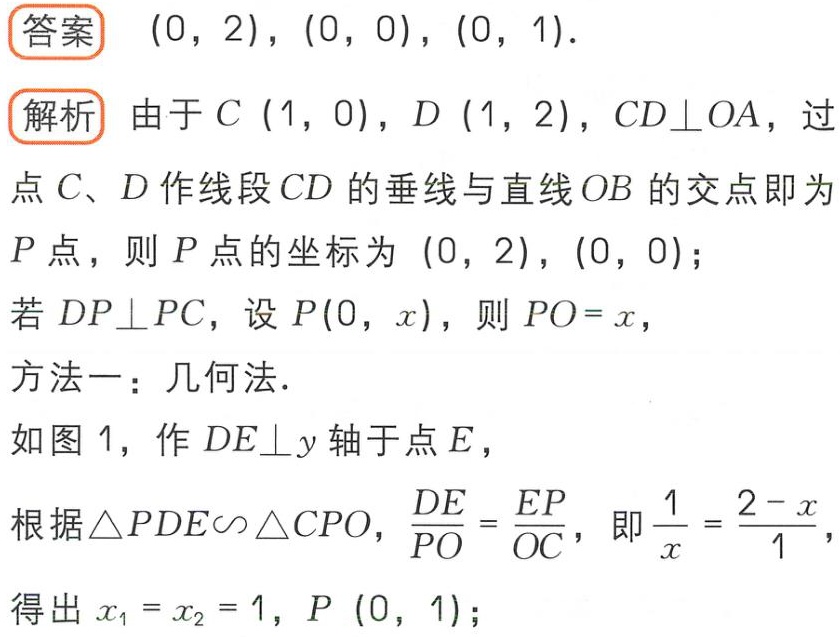
答案 \((0,2),(0,0),(0,1)\).

解析 由于 \(C(1,0)\), \(D(1,2)\), \(CD\perp OA\), 过

点 \(C\)、\(D\) 作线段 \(CD\) 的垂线与直线 \(OB\) 的交点即为

\(P\) 点，则 \(P\) 点的坐标为 \((0,2)\), \((0,0)\);

若 \(DP\perp PC\), 设 \(P(0,x)\), 则 \(PO = x\),

方法一：几何法.

如图 1，作 \(DE\perp y\) 轴于点 \(E\),

根据 \(\triangle PDE\sim\triangle CPO\), \(\frac{DE}{PO}=\frac{EP}{OC}\), 即 \(\frac{1}{x}=\frac{2 - x}{1}\),

得出 \(x_1 = x_2 = 1\), \(P(0,1)\);